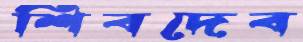
শিবদেব